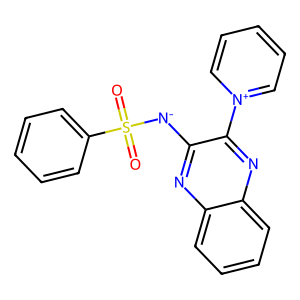
SMILES: O=S(=O)([N-]c1nc2ccccc2nc1-[n+]1ccccc1)c1ccccc1
Inhibits HIV replication: No